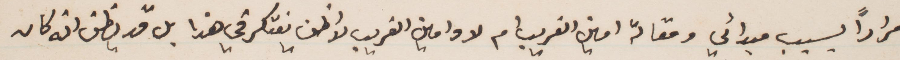
مرارًأ بسبب مبدائي ومقالة أمين الغريب ما لا وامين الغريب لا اظن يفتكر في هذا بل قد يظن انه كان